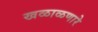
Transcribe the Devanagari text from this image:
खळाळणारे